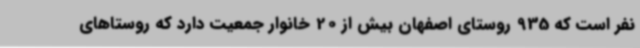
نفر است که 935 روستای اصفهان بیش از 20 خانوار جمعیت دارد که روستاهای